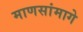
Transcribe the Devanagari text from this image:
माणसांमागे